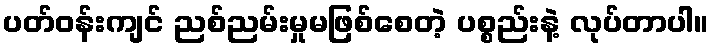
ပတ်ဝန်းကျင် ညစ်ညမ်းမှုမဖြစ်စေတဲ့ ပစ္စည်းနဲ့ လုပ်တာပါ။